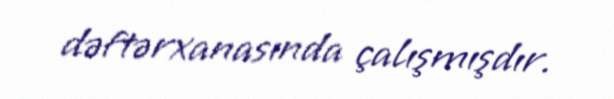
dəftərxanasında çalışmışdır.